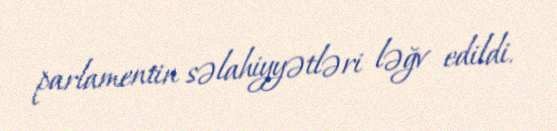
parlamentin səlahiyyətləri ləğv edildi.